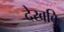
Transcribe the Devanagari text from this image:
देखबि